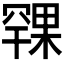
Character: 𪳨